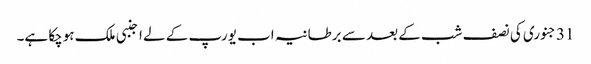
31 جنوری کی نصف شب کے بعد سے برطانیہ اب یورپ کے لے اجنبی ملک ہوچکا ہے۔